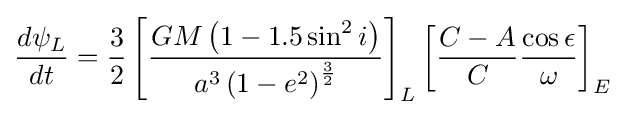
{\frac {d\psi _{L}}{dt}}={\frac {3}{2}}\left[{\frac {GM\left(1-1.5\sin ^{2}i\right)}{a^{3}\left(1-e^{2}\right)^{\frac {3}{2}}}}\right]_{L}\left[{\frac {C-A}{C}}{\frac {\cos \epsilon }{\omega }}\right]_{E}